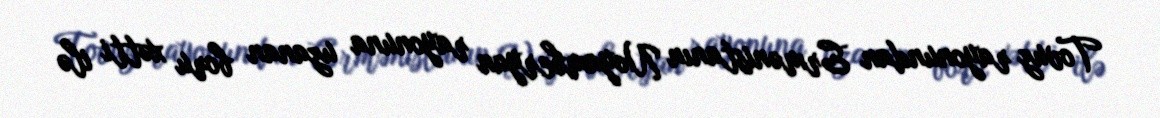
Tovuz rayonundan Ermənistanın Noyamberyan rayonuna uzanan boru xətti ilə